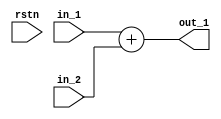
module add(in_1,in_2,rstn,out_1);
input [13:0] in_1,in_2;
input rstn;
output [13:0] out_1;
  


assign out_1 = in_1 + in_2;
      
/*
always@(negedge clk or negedge rstn) begin
  if (rstn == 0)
    clk_n <= 1;
  else if (cnt_n < (N>>1))
    clk_n = 1;
  else
    clk_n = 0;
end
*/
endmodule